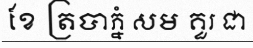
ខែ ត្របាភ្នំ សម គួរ ជា